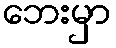
ဘေးမှာ